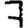
Digit: 7